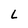
Character: L